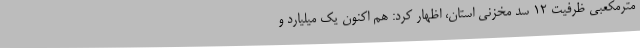
مترمکعبی ظرفیت 12 سد مخزنی استان، اظهار کرد: هم اکنون یک میلیارد و